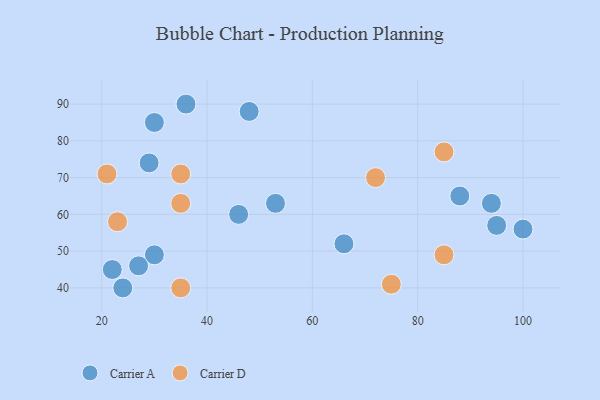
{"axis": {"x": "GDP", "y": "Life Expectancy"}, "legend": ["Carrier A", "Carrier D"], "data": [{"x": "48", "y": 88, "type": "Carrier A"}, {"x": "29", "y": 74, "type": "Carrier A"}, {"x": "22", "y": 45, "type": "Carrier A"}, {"x": "95", "y": 57, "type": "Carrier A"}, {"x": "88", "y": 65, "type": "Carrier A"}, {"x": "30", "y": 49, "type": "Carrier A"}, {"x": "36", "y": 90, "type": "Carrier A"}, {"x": "30", "y": 85, "type": "Carrier A"}, {"x": "94", "y": 63, "type": "Carrier A"}, {"x": "100", "y": 56, "type": "Carrier A"}, {"x": "46", "y": 60, "type": "Carrier A"}, {"x": "24", "y": 40, "type": "Carrier A"}, {"x": "53", "y": 63, "type": "Carrier A"}, {"x": "27", "y": 46, "type": "Carrier A"}, {"x": "66", "y": 52, "type": "Carrier A"}, {"x": "85", "y": 49, "type": "Carrier D"}, {"x": "35", "y": 63, "type": "Carrier D"}, {"x": "21", "y": 71, "type": "Carrier D"}, {"x": "35", "y": 71, "type": "Carrier D"}, {"x": "85", "y": 77, "type": "Carrier D"}, {"x": "23", "y": 58, "type": "Carrier D"}, {"x": "35", "y": 40, "type": "Carrier D"}, {"x": "75", "y": 41, "type": "Carrier D"}, {"x": "72", "y": 70, "type": "Carrier D"}]}